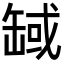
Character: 𦈸